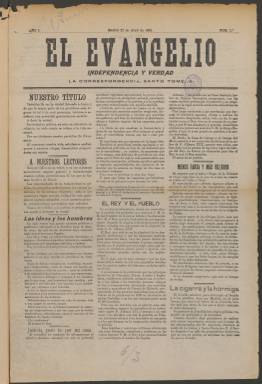
Título: El Evangelio (Madrid)
Colección: Periódicos
Ámbito geográfico: Madrid
Lugar de publicación: Madrid
Fechas: 22/04/1901-09/07/1903